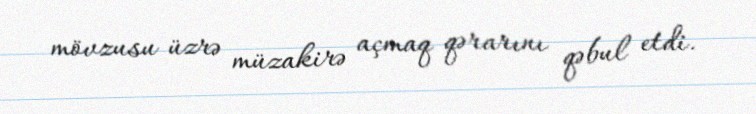
mövzusu üzrə müzakirə açmaq qərarını qəbul etdi.